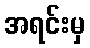
အရင်းမှ